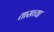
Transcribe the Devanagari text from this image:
तासच्या